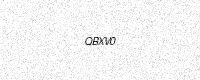
Text: QBXV0